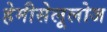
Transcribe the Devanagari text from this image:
हेमीसेलूलोज